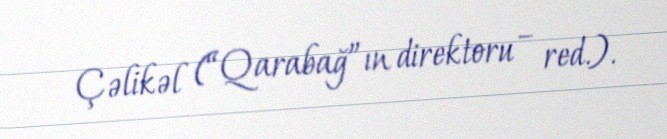
Çəlikəl (“Qarabağ”ın direktoru – red.).